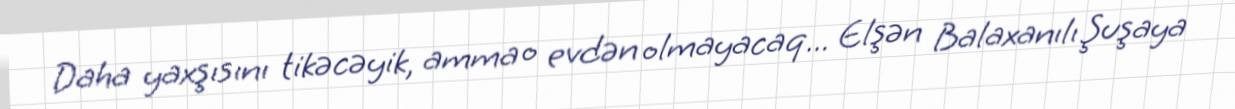
Daha yaxşısını tikəcəyik, amma o evdən olmayacaq... Elşən Balaxanılı Şuşaya